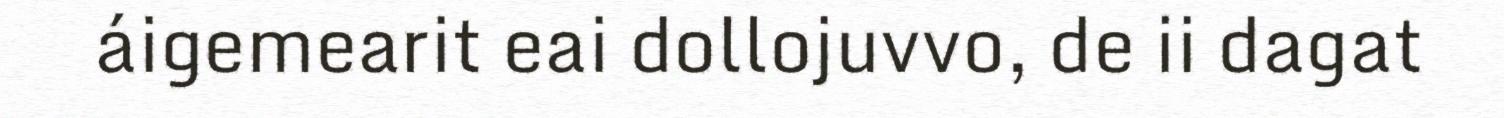
áigemearit eai dollojuvvo, de ii dagat